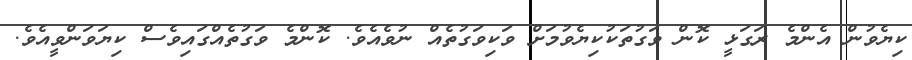
ކިޔެވުން އެންމެ ރަގަޅީ ކޮން ވަގުތަކުކިޔެވުމަށް ވަކިވަގުތެއް ނުވެއެވެ. ކޮންމެ ވަގުތެއްގައިވެސް ކިޔަވަންވީއެވެ.